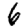
Digit: 6